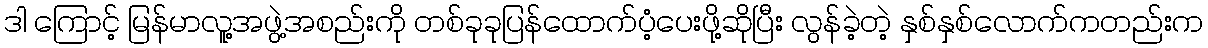
ဒါ ကြောင့် မြန်မာလူ့အဖွဲ့အစည်းကို တစ်ခုခုပြန်ထောက်ပံ့ပေးဖို့ဆိုပြီး လွန်ခဲ့တဲ့ နှစ်နှစ်လောက်ကတည်းက